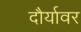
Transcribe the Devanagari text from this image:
दौर्यावर